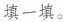
填一填。